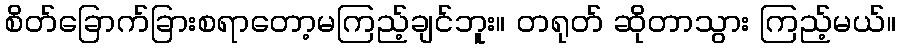
စိတ်ခြောက်ခြားစရာတော့မကြည့်ချင်ဘူး။ တရုတ် ဆိုတာသွား ကြည့်မယ်။